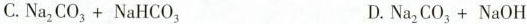
C. $$Na _ { 2 } CO _ { 3 }+NaHCO _ { 3 }$$ D. $$Na _ { 2 } CO _ { 3 } + NaOH$$